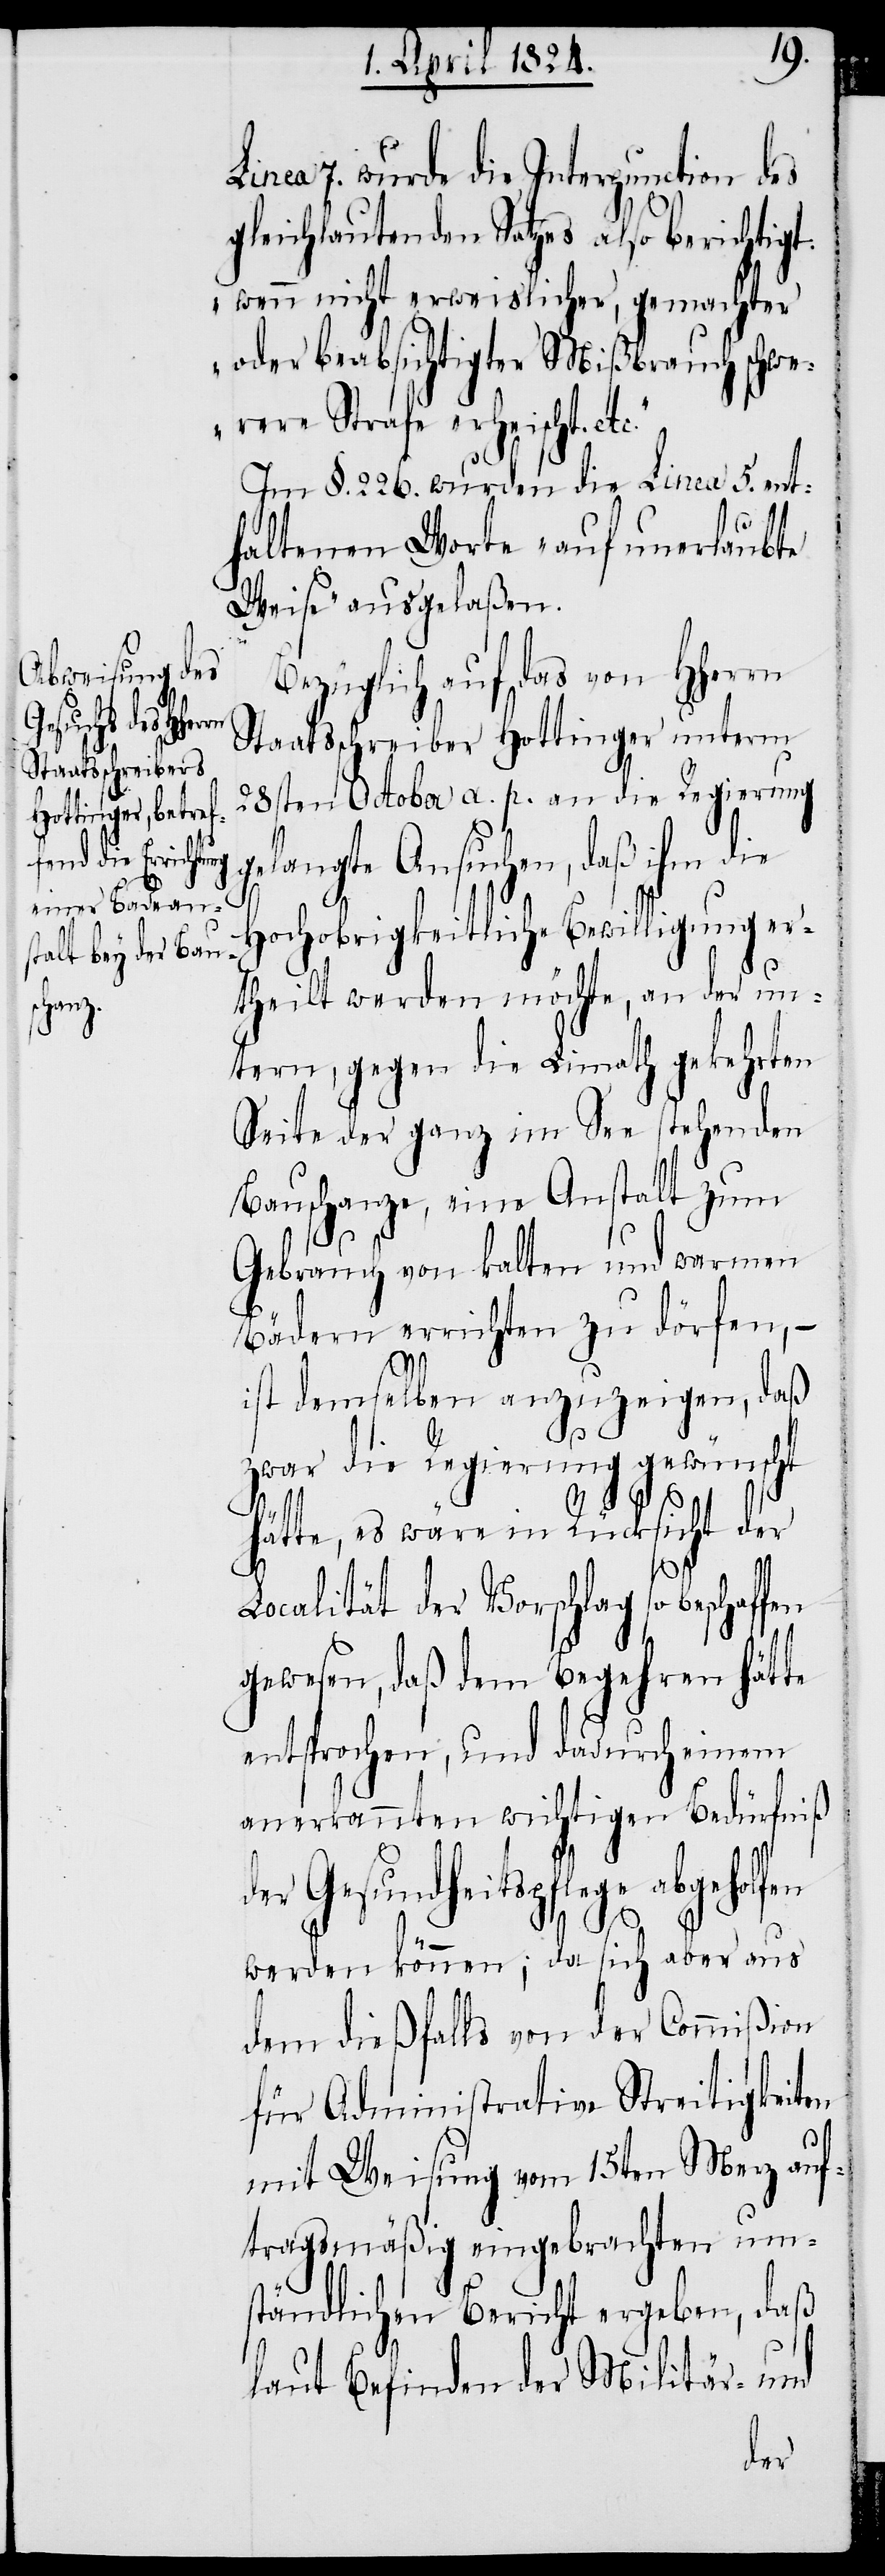
schaffen

Linea 7. wurde die Interpunction des
gleichlautenden Satzes also berichtigt:
„wenn nicht erweislicher, gemachter
oder beabsichtigter Mißbrauch schw¬
erere Strafe erheischt.
Im §. 266. wurden die Linea 5. ent¬
haltenen Worte „auf unerlaubte
Weise“ ausgelaßen.
ezüglich auf das von HHerrn
Staatsschreiber Hottinger unterm
28sten October a. p. an die Regierung
gelangte Ansuchen, daß ihm die
Hochobrigkeitliche Bewilligung er¬
theilt werden möchte, an der un¬
tern, gegen die Limath gekehrten
Seite der ganz im See stehenden
Bauschanze, eine Anstalt zum
Gebrauch von kalten und warmen
Bädern errichten zu dörfen, –
ist demselben anzuzeigen, daß
zwar die Regierung gewünscht
hätte, es wäre in Rücksicht der
Localität der Vorschlag so be¬
gewesen, daß dem Begehren hätte
entsprochen, und dadurch einem
anerkannten wichtigen Bedürfniß
Gesundheitspflege
werden können; da sich aber aus
dem dießfalls von der Commißion
für Administrative Streitigkeiten
mit Weisung vom 15ten Merz auf¬
tragsmäßig eingebrachten um¬
ständlichen Bericht ergeben, daß
laut Befinden der Militär- und
der

B¬